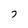
Character: 7